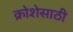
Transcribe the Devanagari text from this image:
क्रोशेसाठी